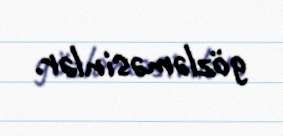
gözləməsinlər.